Report of the Municipal Commissioner on the plague in Bombay for the year ending 31st May... - Volume 3
Disease focus: Plague
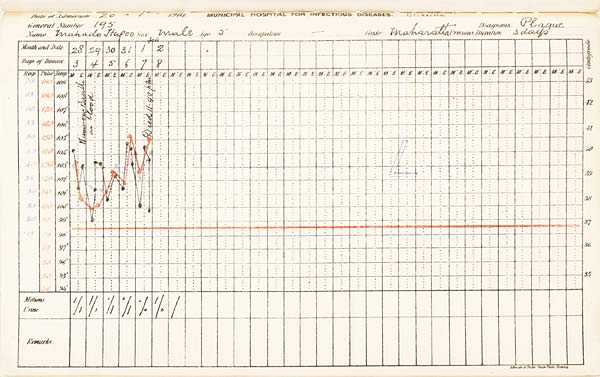
Date of Admission 1901. MUNICIPAL HOSPITAL FOR INFECTIOUS DISEASES.
General Number Diagnosis.
Name
Sex
Age
Occupation
Caste
Previous
Duration